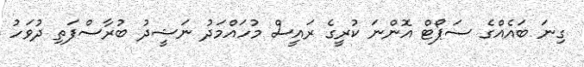
ގިނަ ބައެއްގެ ސަޕޯޓް އޮންނަ ކުރީގެ ރައީސް މުހައްމަދު ނަޝީދު ބުރާސްފަތި ދުވަހު